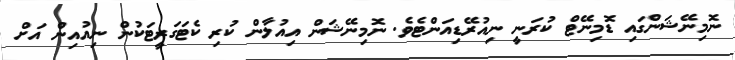
ނޮމިނޭޝަންގައި ޑޮމިނޭޓް ކުރަނީ ނިއުރޭޑިއަންޓެވެ. ނޮމިނޭޝަން އިއުލާން ކުރި ކެޓަގަރީޓަކުން ނިއުއިން އަށް